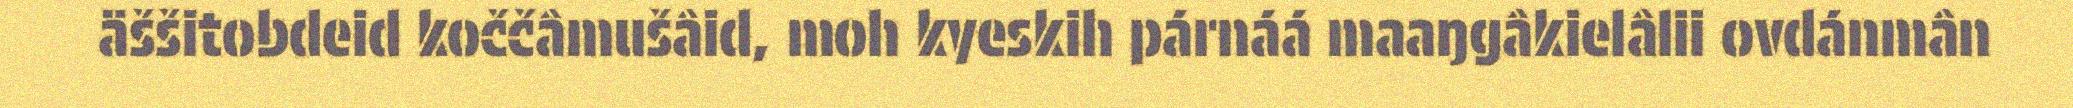
äššitobdeid koččâmušâid, moh kyeskih párnáá maaŋgâkielâlii ovdánmân